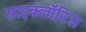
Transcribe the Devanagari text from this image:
साइक्लॉटिस